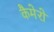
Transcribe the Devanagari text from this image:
कैमेरो